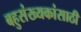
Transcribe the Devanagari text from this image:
बहुसंख्यकांसाठी